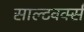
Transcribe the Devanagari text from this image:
साल्टवर्क्स